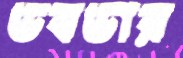
ভবভার